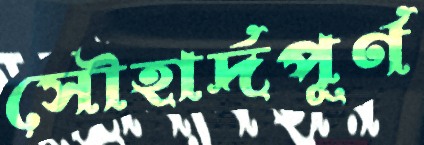
সৌহার্দপূর্ণ